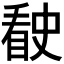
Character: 𰥶